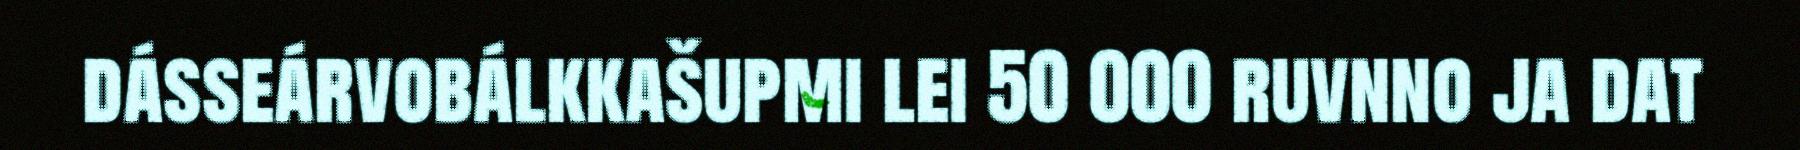
dásseárvobálkkašupmi lei 50 000 ruvnno ja dat